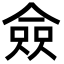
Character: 僉